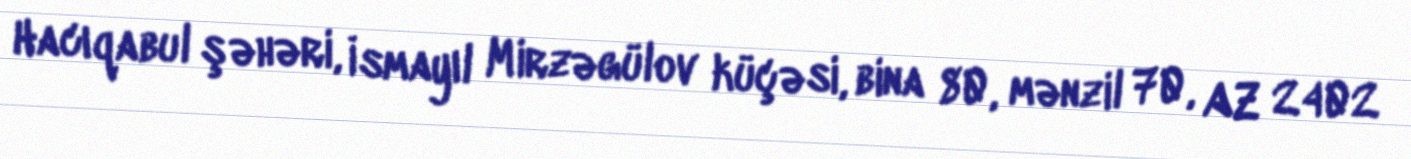
Hacıqabul şəhəri, İsmayıl Mirzəgülov küçəsi, bina 80, mənzil 70, AZ 2402